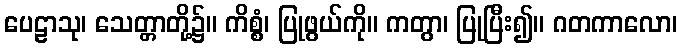
ပေဠာသု၊ သေတ္တာတို့၌။ ကိစ္စံ၊ ပြုဖွယ်ကို။ ကတွာ၊ ပြုပြီး၍။ ဂတကာလော၊